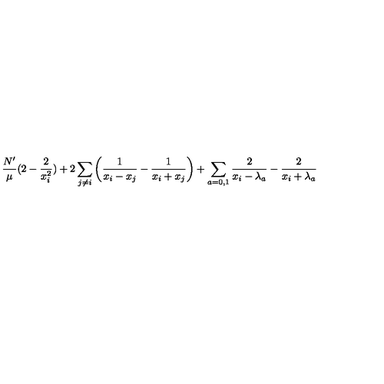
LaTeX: \frac { N ^ { \prime } } { \mu } ( 2 - \frac 2 { x _ { i } ^ { 2 } } ) + 2 \sum _ { j \neq i } \left( \frac 1 { x _ { i } - x _ { j } } - \frac 1 { x _ { i } + x _ { j } } \right) + \sum _ { a = 0 , 1 } \frac 2 { x _ { i } - \lambda _ { a } } - \frac 2 { x _ { i } + \lambda _ { a } }